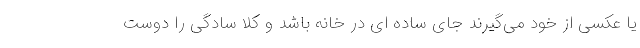
یا عکسی از خود می‌گیرند جای ساده ای در خانه باشد و کلا سادگی را دوست